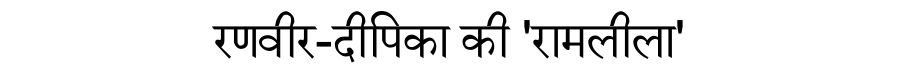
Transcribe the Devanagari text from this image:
रणवीर-दीपिका की 'रामलीला'